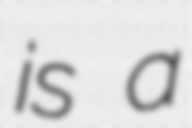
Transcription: is a